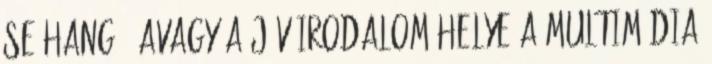
se hang - avagy a jövőirodalom helye a multimédia